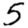
Digit: 5